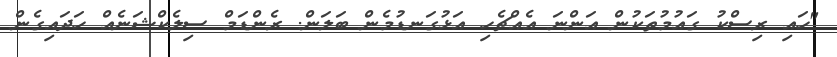
"ހައި ރިސްކު ގައުމުތަކުން އަންނަ އެއްޗެހި އަޅުގަނޑުމެން ބަލަން. ރެންޑަމް ސިލެކްޝަނެއް ހަދައިގެން